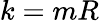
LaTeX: k=mR